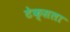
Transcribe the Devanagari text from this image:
टेक्सला